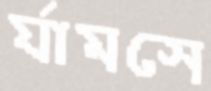
র্যামসে